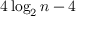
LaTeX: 4 \log _ { 2 } n - 4